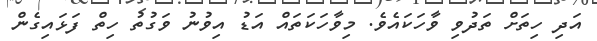
އަދި ހިތަށް ތަދުވި ވާހަކައެވެ. މިވާހަކަތައް އަޑު އިވުނު ވަގުތު ހިތް ފަޅައިގެން